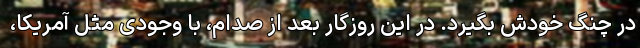
در چنگ خودش بگیرد. در این روزگار بعد از صدام، با وجودی مثل آمریکا،